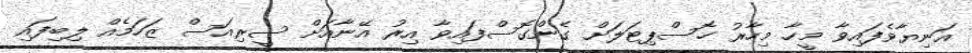
އަނިޔާވެފައިވާ މީހާ މިހާރު ހޮސްޕިޓަލަށް ގެންގޮސްފައިވާ އިރު އޭނާއަށް ސީރިއަސް ޒަހަމެއް ލިބިފައި